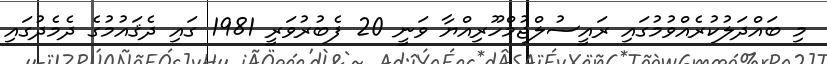
މި ބައްދަލުކުރެއްވުމުގައި ރައީސުލްޖުމްހޫރިއްޔާ ވަނީ 20 ފެބުރުވަރީ 1981 ގައި ދެޤައުމުގެ ދެމެދުގައި